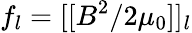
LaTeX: f_{l}=[[B^{2}/2\mu_{0}]]_{l}